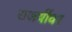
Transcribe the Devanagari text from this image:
राजर्षीवर